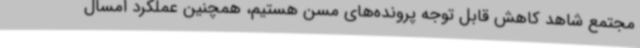
مجتمع شاهد کاهش قابل توجه پرونده‌های مسن هستیم، همچنین عملکرد امسال